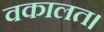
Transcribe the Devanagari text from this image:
वकालत।